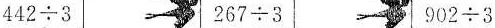
\triangle442÷3\triangle \triangle267÷3\triangle| |\triangle902÷3\triangle